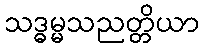
သဒ္ဓမ္မသညတ္တိယာ